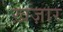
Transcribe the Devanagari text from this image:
ख़ज़ार